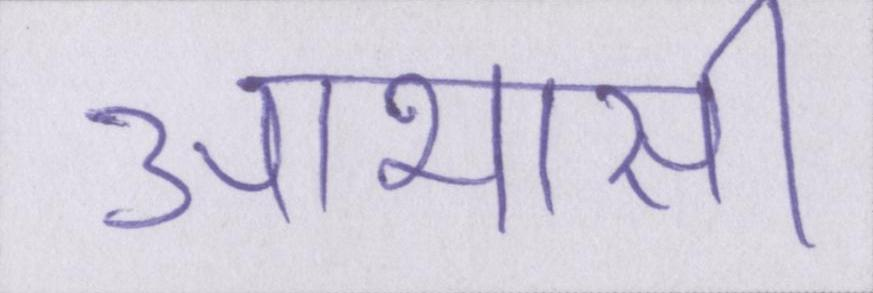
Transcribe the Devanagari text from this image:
आभासी